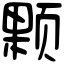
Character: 颗